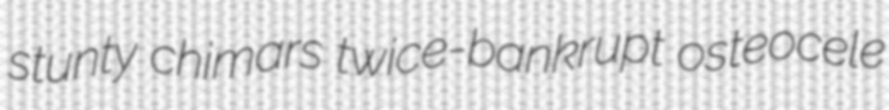
stunty chimars twice-bankrupt osteocele